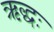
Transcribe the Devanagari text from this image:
ऋद्धः